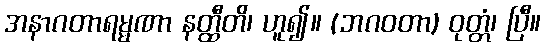
အနာဂတာရမ္မဏာ နတ္ထီတိ၊ ဟူ၍။ (ဘဂဝတာ) ဝုတ္တံ၊ ပြီ။